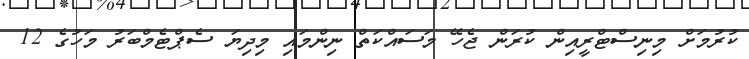
ކުރުމަށް މިނިސްޓްރީއިން ކުރަން ޖެހޭ މަސައްކަތް ނިންމައި މިދިޔަ ސެޕްޓެމްބަރު މަހުގެ 12